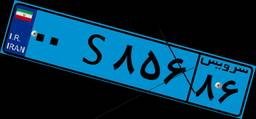
۷۴S۹۸۱۴۸